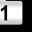
Digit: 1